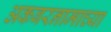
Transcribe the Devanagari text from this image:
अकबरनामाच्या